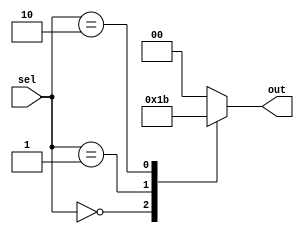
module case_statement_example (
    input [1:0] sel,
    output reg [1:0] out
);

initial begin
    case (sel)
        2'b00: out = 2'b01; // If sel is 00, set out to 01
        2'b01: out = 2'b10; // If sel is 01, set out to 10
        2'b10: out = 2'b11; // If sel is 10, set out to 11
        default: out = 2'b00; // Default case if no match is found
    endcase
end

endmodule